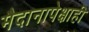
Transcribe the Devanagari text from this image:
मैदानापेक्षाही